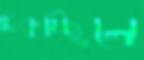
ঢিকচ্ছিলে